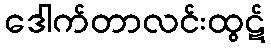
ဒေါက်တာလင်းထွဋ်